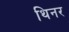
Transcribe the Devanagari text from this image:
थिनर